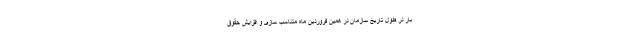
بار در طول تاریخ سازمان در همین فروردین ماه متناسب سازی و افزایش حقوق